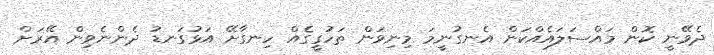
ދެވޭނީ ކޮން މައްސަލައެއްކަން އެނގުނީމަ މިނިވަން ތަހުގީގެއް ހިނގާށޭ އަޅުގަނޑު ދެންނެވިން އޭރަށް